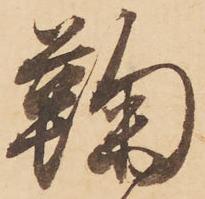
鞠